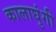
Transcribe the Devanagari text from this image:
कालाघुंगी